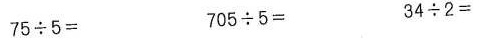
$$75\div5＝$$ $$705\div5＝$$ $$34\div2＝$$